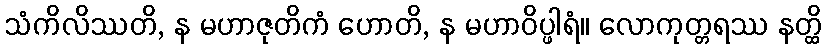
သံကိလိဿတိ, န မဟာဇုတိကံ ဟောတိ, န မဟာဝိပ္ဖါရံ။ လောကုတ္တရဿ နတ္ထိ